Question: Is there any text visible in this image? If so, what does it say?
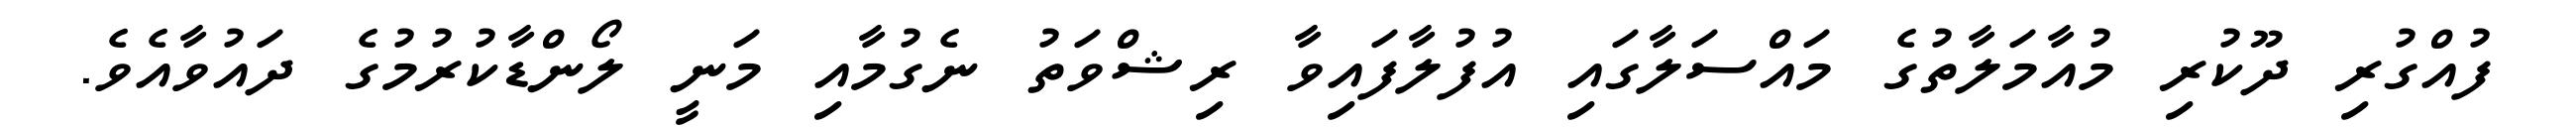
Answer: ފުއްގުރި ދޫކުރި މުއާމަލާތުގެ މައްސަލާގައި އުފުލާފައިވާ ރިޝްވަތު ނެގުމާއި މަނީ ލޯންޑާކުރުމުގެ ދައުވާއެވެ.